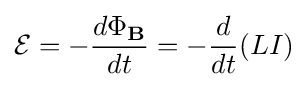
{\mathcal {E}}=-{\frac {d\Phi _{\mathbf {B} }}{dt}}=-{\frac {d}{dt}}(LI)